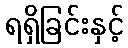
ရရှိခြင်းနှင့်